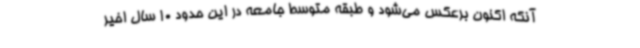
آنکه اکنون برعکس می‌شود و طبقه متوسط جامعه در این حدود 10 سال اخیر